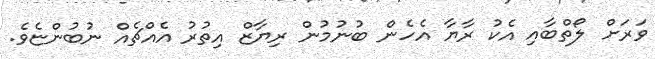
ވަރަށް ލޯތްބާއި އެކު ރާޔާ އެހެން ބުނުމުން ރިޔާޒް އިތުރު އެއްޗެއް ނުބުންޏެވެ.